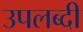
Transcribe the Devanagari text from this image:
उपलब्दी